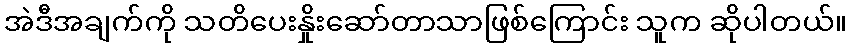
အဲဒီအချက်ကို သတိပေးနှိုးဆော်တာသာဖြစ်ကြောင်း သူက ဆိုပါတယ်။